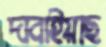
দাবাইয়াছ